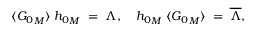
\langle { G _ { 0 } } _ { M } \rangle \; { h _ { 0 } } _ { M } \; = \; \Lambda , \quad { h _ { 0 } } _ { M } \; \langle { G _ { 0 } } _ { M } \rangle \; = \; \overline { { \Lambda } } ,